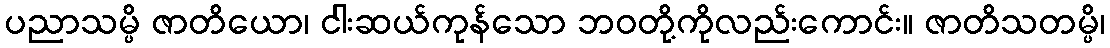
ပညာသမ္ပိ ဇာတိယော၊ ငါးဆယ်ကုန်သော ဘဝတို့ကိုလည်းကောင်း။ ဇာတိသတမ္ပိ၊